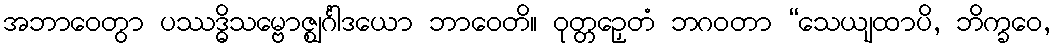
အဘာဝေတွာ ပဿဒ္ဓိသမ္ဗောဇ္ဈင်္ဂါဒယော ဘာဝေတိ။ ဝုတ္တဉှေတံ ဘဂဝတာ “သေယျထာပိ, ဘိက္ခဝေ,